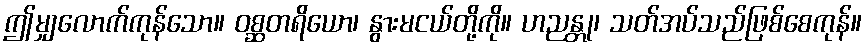
ဤမျှလောက်ကုန်သော။ ဝစ္ဆတရိယော၊ နွားမငယ်တို့ကို။ ဟညန္တု၊ သတ်အပ်သည်ဖြစ်စေကုန်။